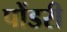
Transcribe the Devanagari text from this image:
पोंडरी